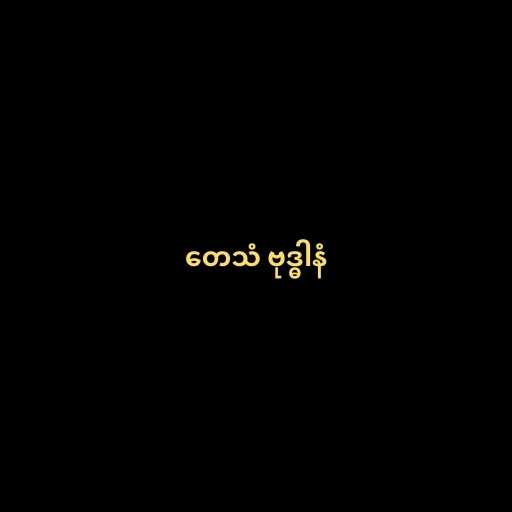
တေသံ ဗုဒ္ဓါနံ